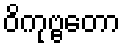
ဝိကုဗ္ဗတော